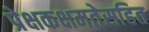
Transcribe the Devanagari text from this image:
प्रेक्षकक्षमतेसहित